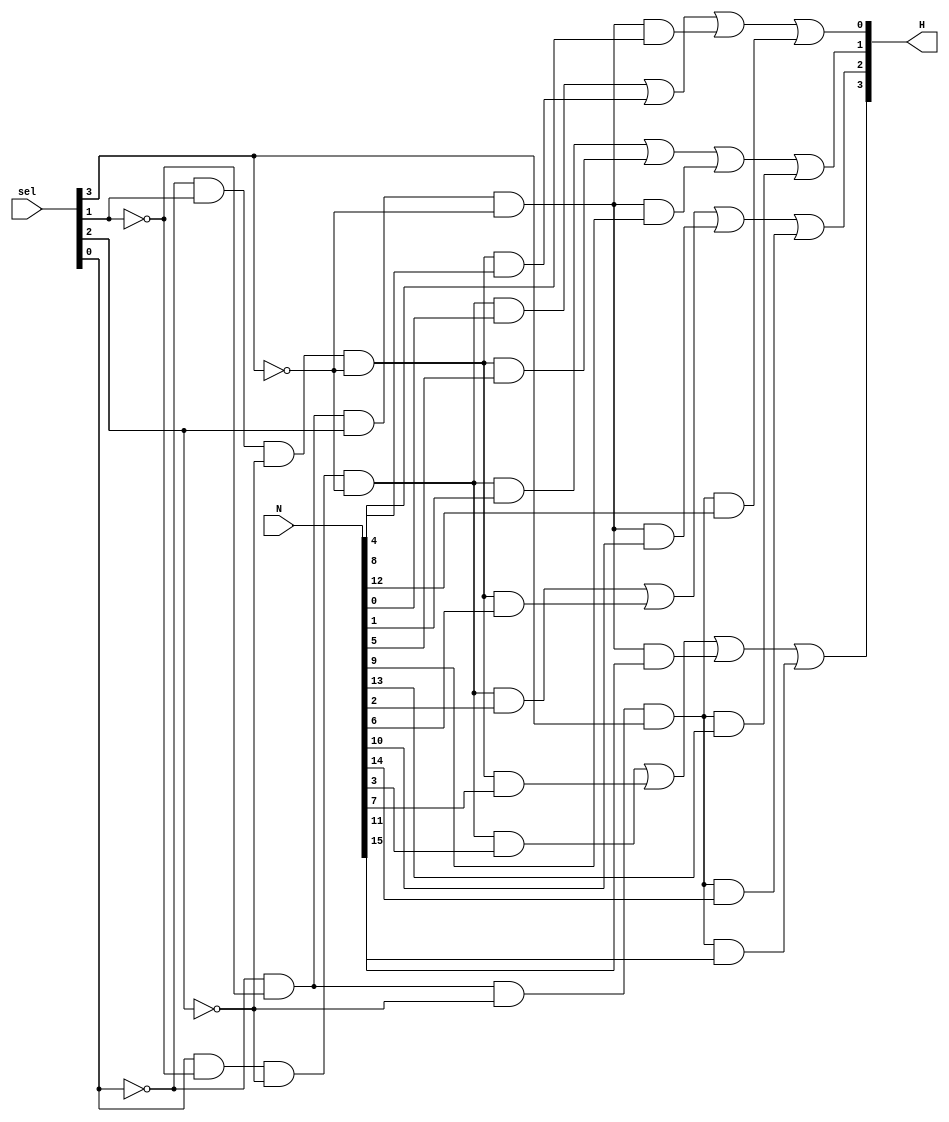
`timescale 1ns / 1ps
//////////////////////////////////////////////////////////////////////////////////
// Company: 
// Engineer: 
// 
// Design Name: 
// Module Name: selector
// Project Name: 
// Target Devices: 
// Tool Versions: 
// Description: 
// 
// Dependencies: 
// 
// Revision:
// Revision 0.01 - File Created
// Additional Comments:
// 
//////////////////////////////////////////////////////////////////////////////////


module selector(
    input [3:0] sel,
    input [15:0] N,
    output [3:0] H
    );
    assign H[0] = (sel[0] & ~sel[1] & ~sel[2] & ~sel[3] & N[0]) | (~sel[0] & sel[1] & ~sel[2] & ~sel[3] & N[4])| (~sel[0] & ~sel[1] & sel[2] & ~sel[3] & N[8]) | (~sel[0] & ~sel[1] & ~sel[2] & sel[3] & N[12]);
    assign H[1] = (sel[0] & ~sel[1] & ~sel[2] & ~sel[3] & N[1]) | (~sel[0] & sel[1] & ~sel[2] & ~sel[3] & N[5])| (~sel[0] & ~sel[1] & sel[2] & ~sel[3] & N[9]) | (~sel[0] & ~sel[1] & ~sel[2] & sel[3] & N[13]);
    assign H[2] = (sel[0] & ~sel[1] & ~sel[2] & ~sel[3] & N[2]) | (~sel[0] & sel[1] & ~sel[2] & ~sel[3] & N[6])| (~sel[0] & ~sel[1] & sel[2] & ~sel[3] & N[10]) | (~sel[0] & ~sel[1] & ~sel[2] & sel[3] & N[14]);
    assign H[3] = (sel[0] & ~sel[1] & ~sel[2] & ~sel[3] & N[3]) | (~sel[0] & sel[1] & ~sel[2] & ~sel[3] & N[7])| (~sel[0] & ~sel[1] & sel[2] & ~sel[3] & N[11]) | (~sel[0] & ~sel[1] & ~sel[2] & sel[3] & N[15]);
endmodule